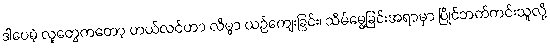
ဒါပေမဲ့ လူတွေကတော့ ဟယ်လင်ဟာ လိမ္မာ ယဉ်ကျေးခြင်း၊ သိမ်မွေ့ခြင်းအရာမှာ ပြိုင်ဘက်ကင်းသူလို့